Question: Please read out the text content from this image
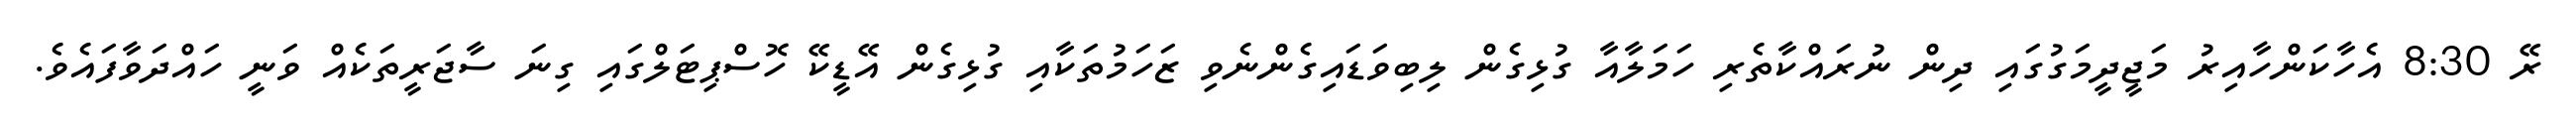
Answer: ރޭ 8:30 އެހާކަންހާއިރު މަޖީދީމަގުގައި ދިން ނުރައްކާތެރި ހަމަލާއާ ގުޅިގެން ލިބިވަޑައިގެންނެވި ޒަހަމުތަކާއި ގުޅިގެން އޭޑީކޭ ހޮސްޕިޓަލްގައި ގިނަ ސާޖަރީތަކެއް ވަނީ ހައްދަވާފައެވެ.